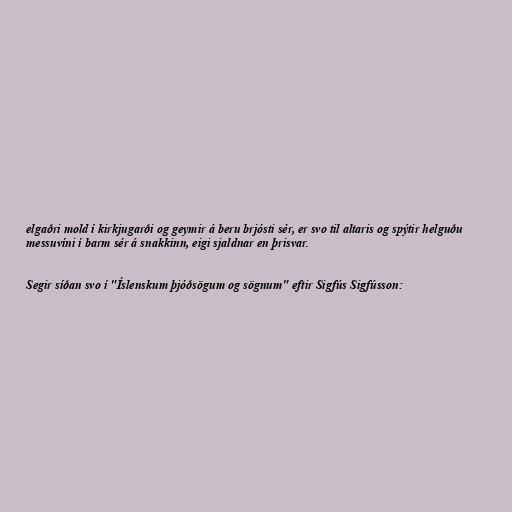
elgaðri mold í kirkjugarði og geymir á beru brjósti sér, er svo til altaris og spýtir helguðu
messuvíni í barm sér á snakkinn, eigi sjaldnar en þrisvar.

Segir síðan svo í "Íslenskum þjóðsögum og sögnum" eftir Sigfús Sigfússon: